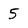
Character: 5